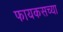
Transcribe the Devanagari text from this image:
फायकसच्या